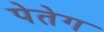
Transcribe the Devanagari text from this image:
पेतेग